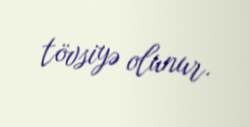
tövsiyə olunur.